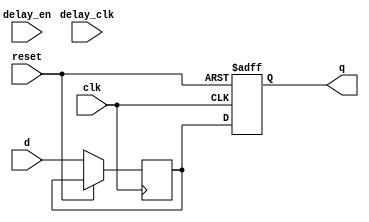
module d_flipflop_delay(
    input wire clk,
    input wire reset,
    input wire delay_en,
    input wire delay_clk,
    input wire d,
    output reg q
);
    
reg d_delayed;

always @(posedge clk or posedge reset) begin
    if (reset) begin
        q <= 1'b0;
    end else begin
        if (delay_en) begin
            d_delayed <= #10 d;
        end else begin
            d_delayed <= d;
        end
        
        if (delay_clk) begin
            q <= d_delayed;
        end else begin
            q <= d_delayed;
        end
    end
end

endmodule